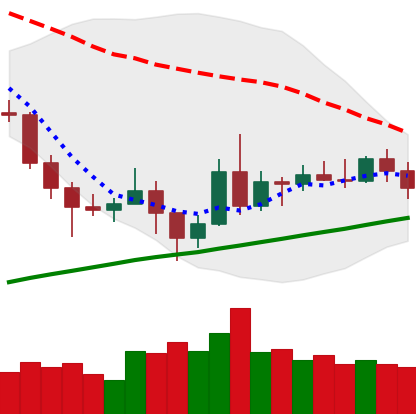
Ticker: NEO-USD
Chart end date: 2020-11-15
Forward return: 7.708%
Label: up_7plus